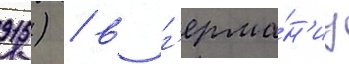
915) / в г'ерма́н'иу